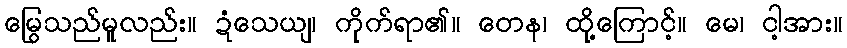
မြွေသည်မူလည်း။ ဍံသေယျ၊ ကိုက်ရာ၏။ တေန၊ ထို့ကြောင့်။ မေ၊ ငါ့အား။